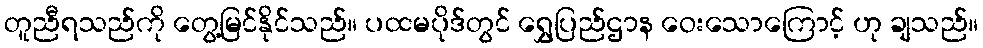
တူညီရသည်ကို တွေ့မြင်နိုင်သည်။ ပထမပိုဒ်တွင် ရွှေပြည်ဌာန ဝေးသောကြောင့် ဟု ချသည်။